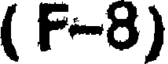
( F-8)